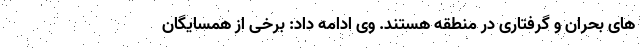
های بحران و گرفتاری در منطقه هستند. وی ادامه داد: برخی از همسایگان